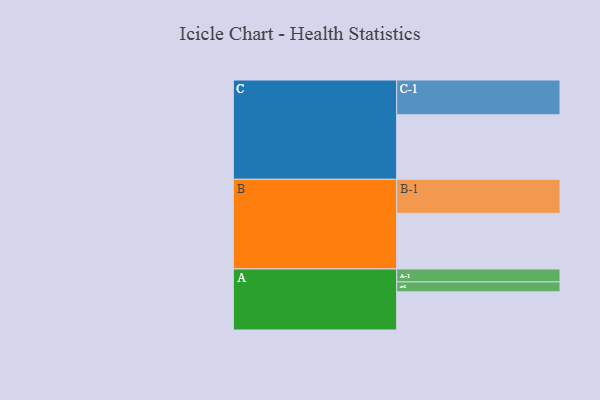
{"axis": {"x": "Segment", "y": "Value"}, "legend": ["", "A", "B", "C"], "data": [{"x": "A", "y": 304, "type": ""}, {"x": "B", "y": 443, "type": ""}, {"x": "C", "y": 514, "type": ""}, {"x": "A-1", "y": 103, "type": "A"}, {"x": "A-2", "y": 79, "type": "A"}, {"x": "B-1", "y": 271, "type": "B"}, {"x": "C-1", "y": 277, "type": "C"}]}